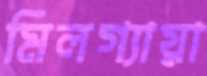
মিলগ্যায়া